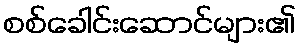
စစ်ခေါင်းဆောင်များ၏